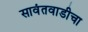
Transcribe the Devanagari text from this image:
सावंतवाडीचा